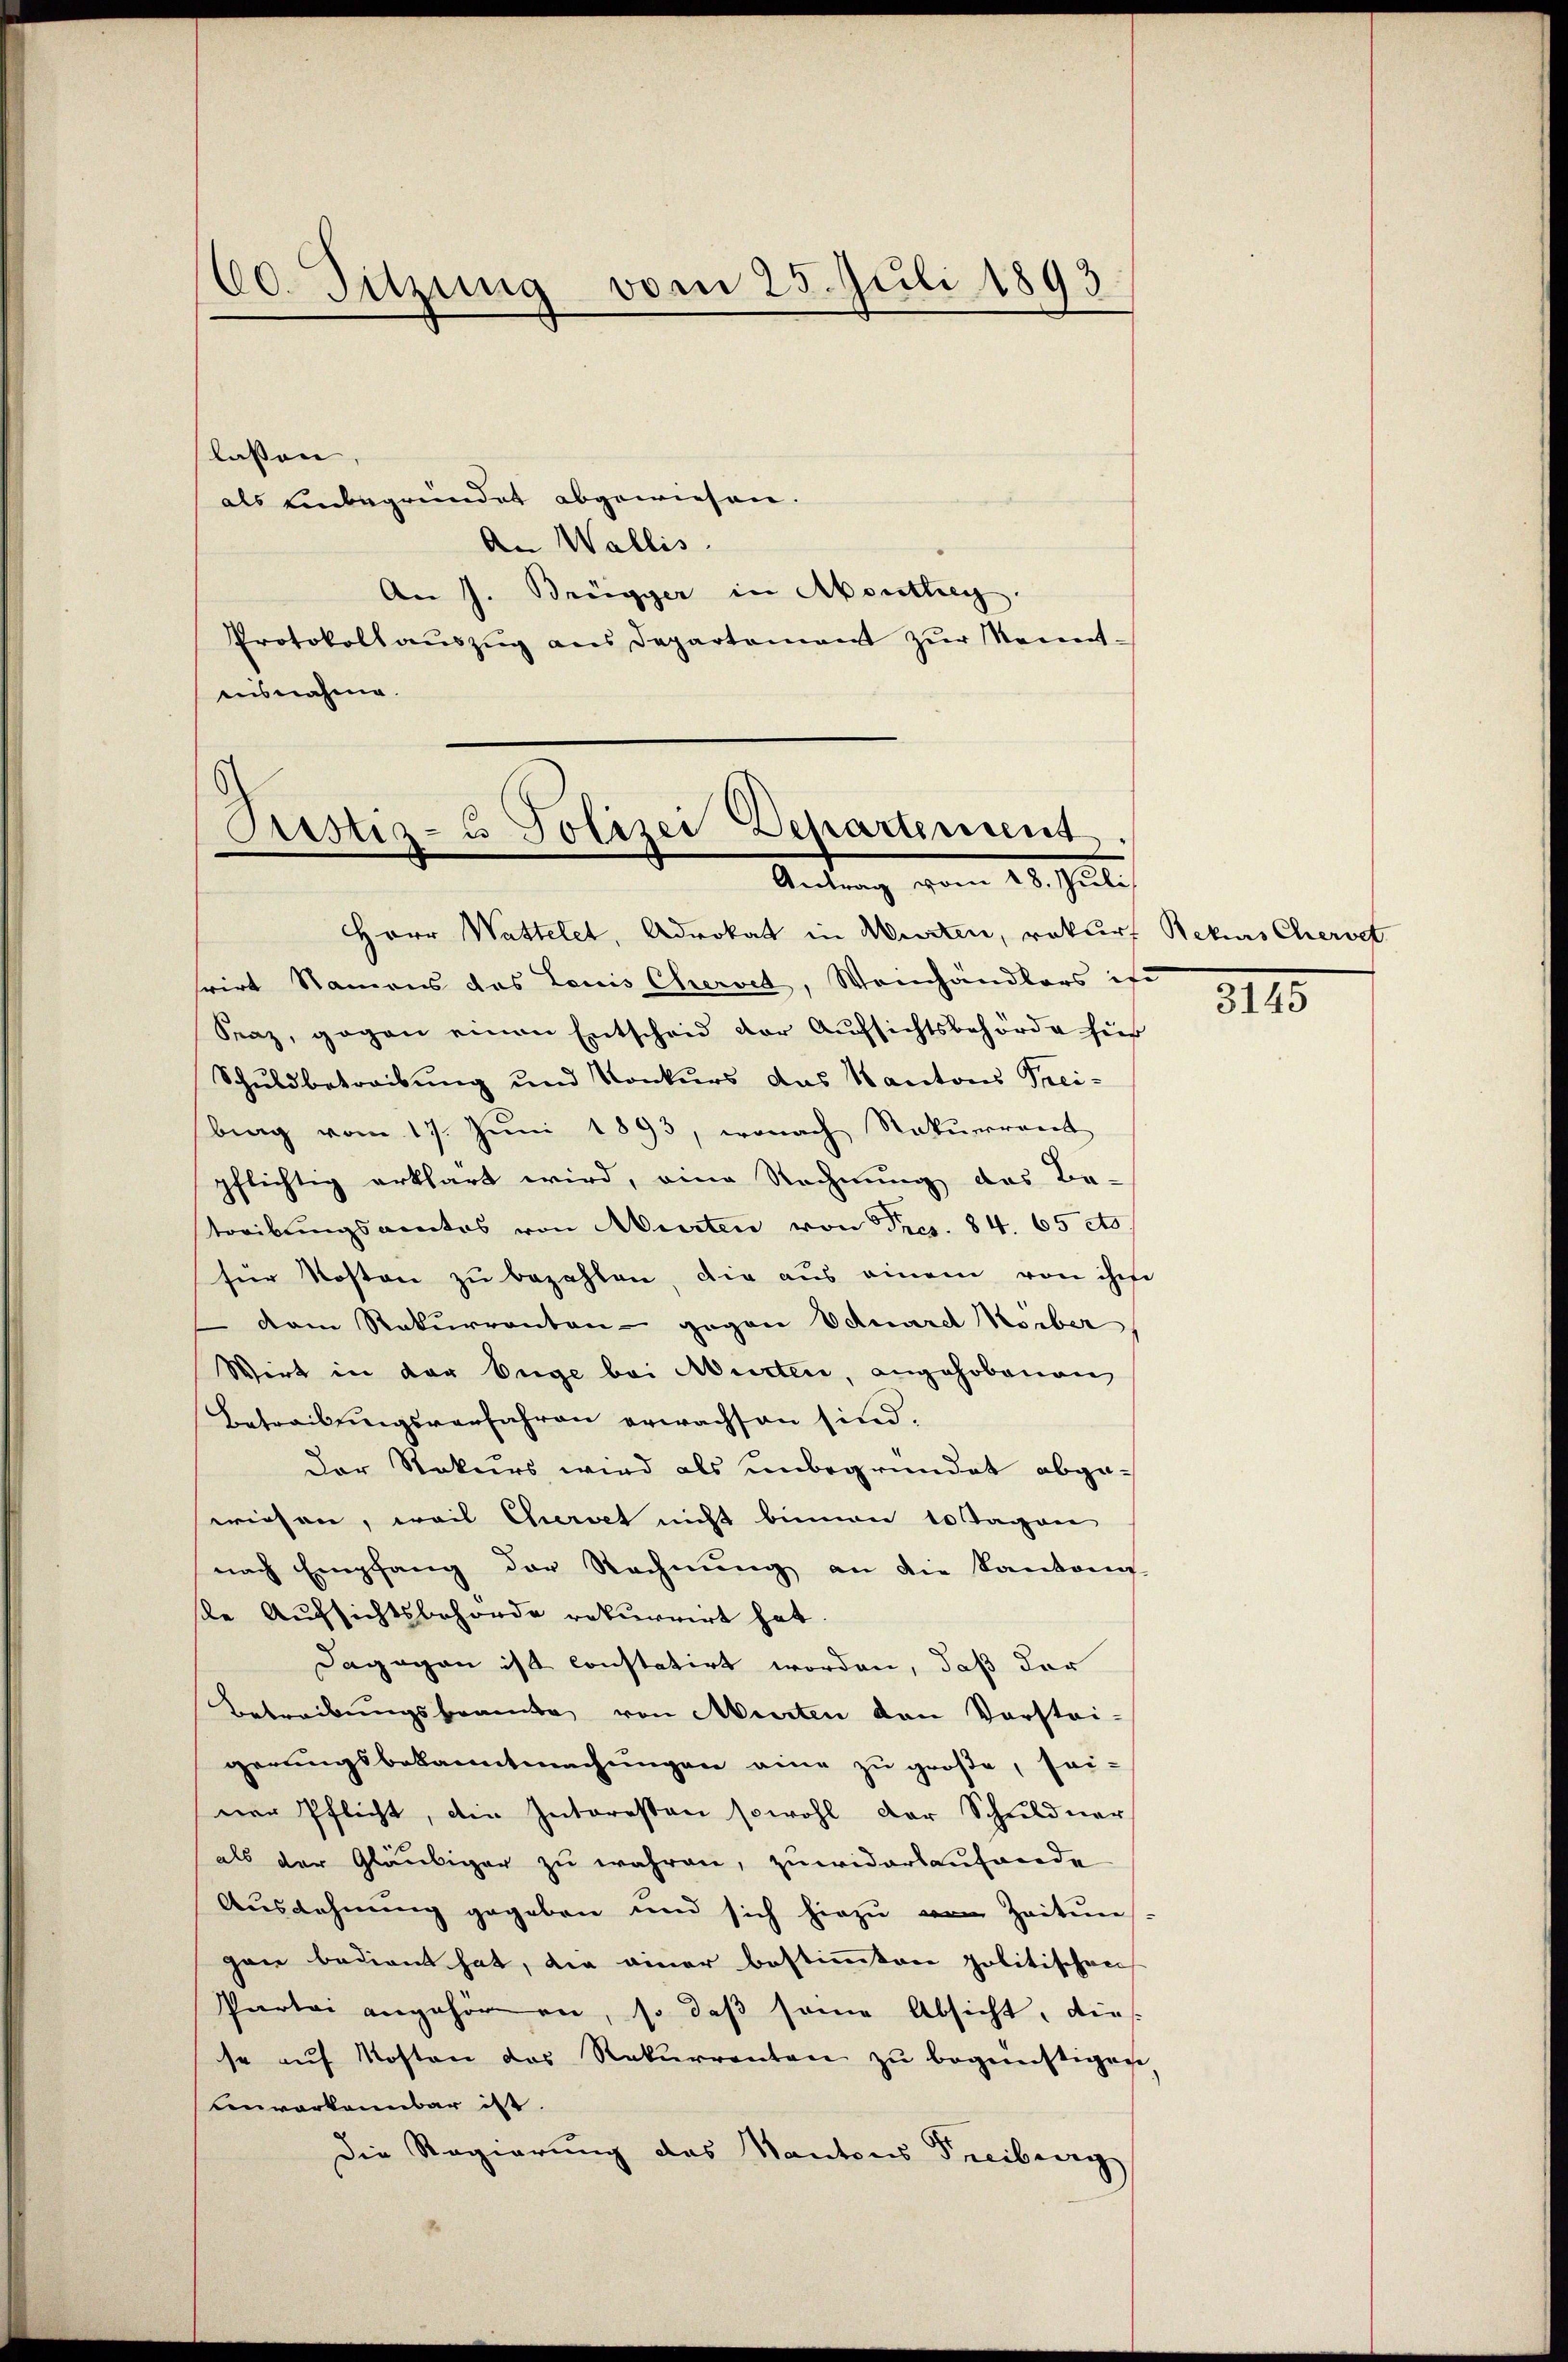
60. Sitzung vom 25. Juli 1893.

lassen,
als einbegründet abgewiesen.
An Wallis.
An J. Brügger in Abenthey.
Protokoll aŭszŭg ans Departement zŭr Kennt-
ausnahme.

Prustiz- u Polizei Departement.
Antrag vom 12. Juli
Herr Wattelet, Advokat in Murten, rekurs Rekurs Chervet

rirt Namens das Louis Cheroit, Weinhändlers ist
Fraz, gegen einen Entscheid der Aufsichtsbehörde für
Schuldbetreibung und Konkurs das Kantons Trei-
brag vom 17. Jŭni 1893, wonach Rekurrent
pflichtig erklärt wird, eine Rechnung das Be-
streibungsamtes von Murten von Fres. 84. 65 cts
für Kosten zu bezahlen, die aus einem von ihre
 dem Rekurrenten - gegen Eduard Korber,
Wirt in der Enge bei Murten, angehobenen
Betreibungsverfahren erwachsen sind.
Der Rekurs wird als unbegründet abgewiesen, weil Cherdet nicht binnen 10 Tagen,
nach Empfang der Rechnung an die Kantons-
se Aufsichtsbehörde rekurrirt hat.
Dagegen ist constatirt worden, daß der
Betreibungsbeamte von Murten von Vorstei-
gerungsbekanntmachungen eine zu große, sei-
ner Pflicht, die Interesten sowohl der Schuldner
als der Gläubiger zu währen, zuwiderlaufende
Ausdehnung gegeben und sich hiezu Zeitun
gen bedient hat, die einer bestimmten politischen
Partei angehören, so daß seine Absicht, dies
se auf Kosten des Rekurrenten zu begünstigen
benverkannbar ist.
Die Regierung das Kantons Freiburg

3115